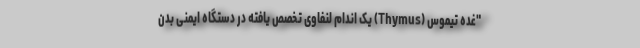
"غده تیموس (Thymus) یک اندام لنفاوی تخصص یافته در دستگاه ایمنی بدن